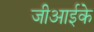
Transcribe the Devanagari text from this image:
जीआईके